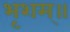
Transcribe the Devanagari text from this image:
भृशम्॥